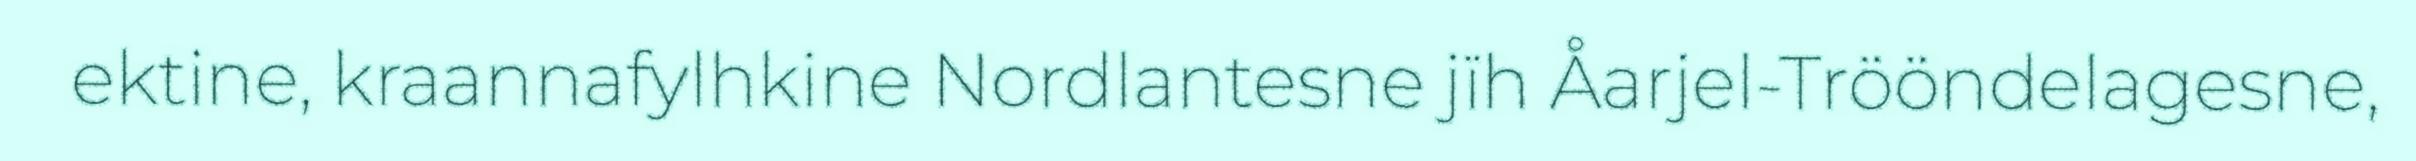
ektine, kraannafylhkine Nordlantesne jïh Åarjel-Trööndelagesne,